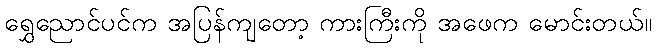
ရွှေညောင်ပင်က အပြန်ကျတော့ ကားကြီးကို အဖေက မောင်းတယ်။